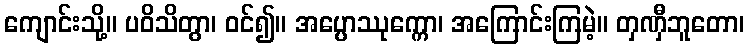
ကျောင်းသို့။ ပဝိသိတွာ၊ ဝင်၍။ အပ္ပောဿုက္ကော၊ အကြောင်းကြမဲ့။ တှဏှီဘူတော၊